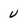
Character: U